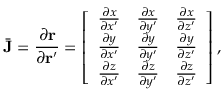
\bar { \bf { J } } = \frac { \partial { \bf r } } { \partial { \bf r } ^ { \prime } } = \left[ \begin{array} { l l l } { \frac { \partial x } { \partial x ^ { \prime } } } & { \frac { \partial x } { \partial y ^ { \prime } } } & { \frac { \partial x } { \partial z ^ { \prime } } } \\ { \frac { \partial y } { \partial x ^ { \prime } } } & { \frac { \partial y } { \partial y ^ { \prime } } } & { \frac { \partial y } { \partial z ^ { \prime } } } \\ { \frac { \partial z } { \partial x ^ { \prime } } } & { \frac { \partial z } { \partial y ^ { \prime } } } & { \frac { \partial z } { \partial z ^ { \prime } } } \end{array} \right] ,